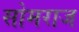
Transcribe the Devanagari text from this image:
सोमराज